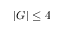
| G | \le 4